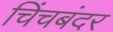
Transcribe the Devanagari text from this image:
चिंचबंदर